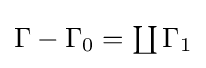
{\textstyle \Gamma -\Gamma _{0}=\coprod \Gamma _{1}}